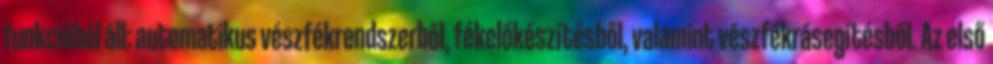
funkcióból áll: automatikus vészfékrendszerből, fékelőkészítésből, valamint vészfékrásegítésből. Az első